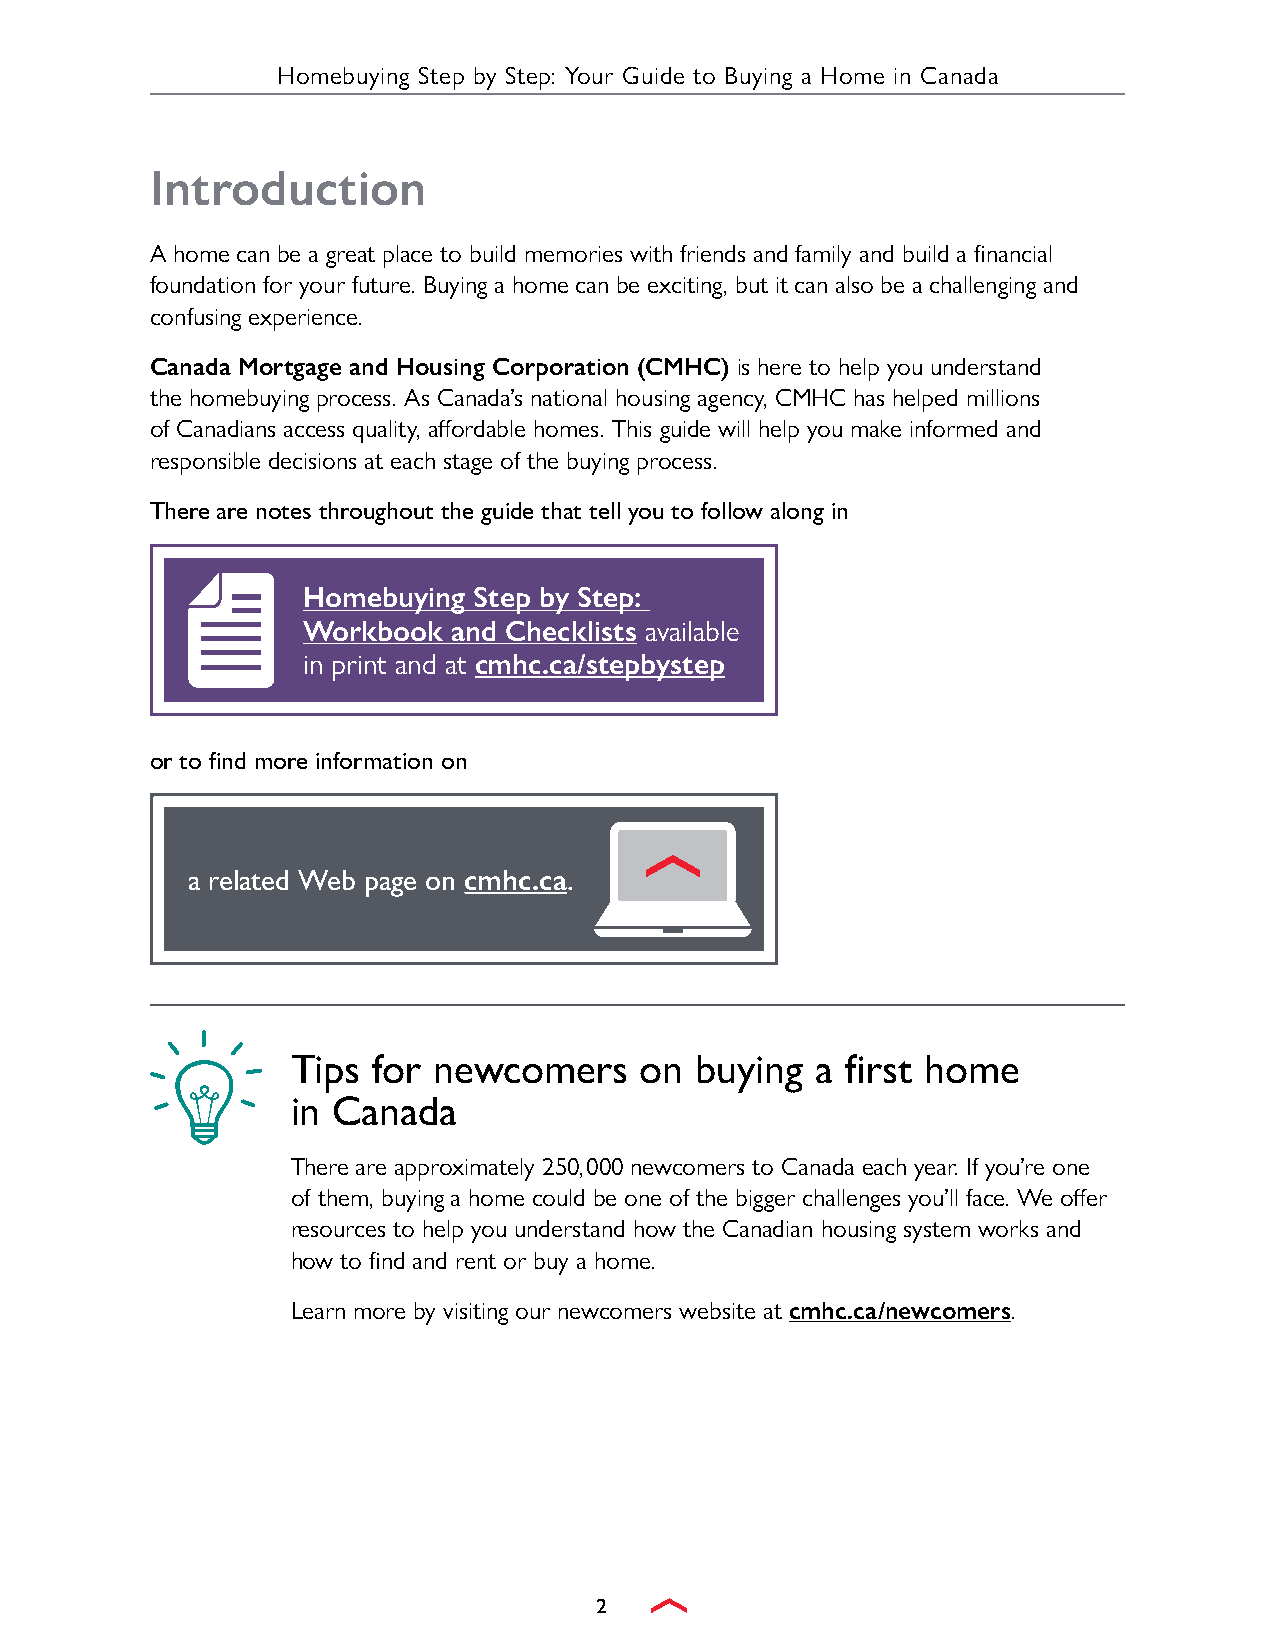
Homebuying Step by Step: Your Guide to Buying a Home in Canada
 Introduction
 A home can be a great place to build memories with friends and family and build a financial
 foundation for your future. Buying a home can be exciting, but it can also be a challenging and
 confusing experience.
 Canada Mortgage and Housing Corporation (CMHC) is here to help you understand
 the homebuying process. As Canada’s national housing agency, CMHC has helped millions
 of Canadians access quality, affordable homes. This guide will help you make informed and
 responsible decisions at each stage of the buying process.
 There are notes throughout the guide that tell you to follow along in
 Homebuying Step by Step:
 Workbook  and Checklists available
 in print and at cmhc.ca/stepbystep
 or to find more information on
 a related Web page on cmhc.ca.
 Tips  for newcomers    on  buying  a first home
 in Canada
 There are approximately 250,000 newcomers to Canada each year. If you’re one
 of them, buying a home could be one of the bigger challenges you’ll face. We offer
 resources to help you understand how the Canadian housing system works and
 how to find and rent or buy a home.
 Learn more by visiting our newcomers website at cmhc.ca/newcomers.
 2